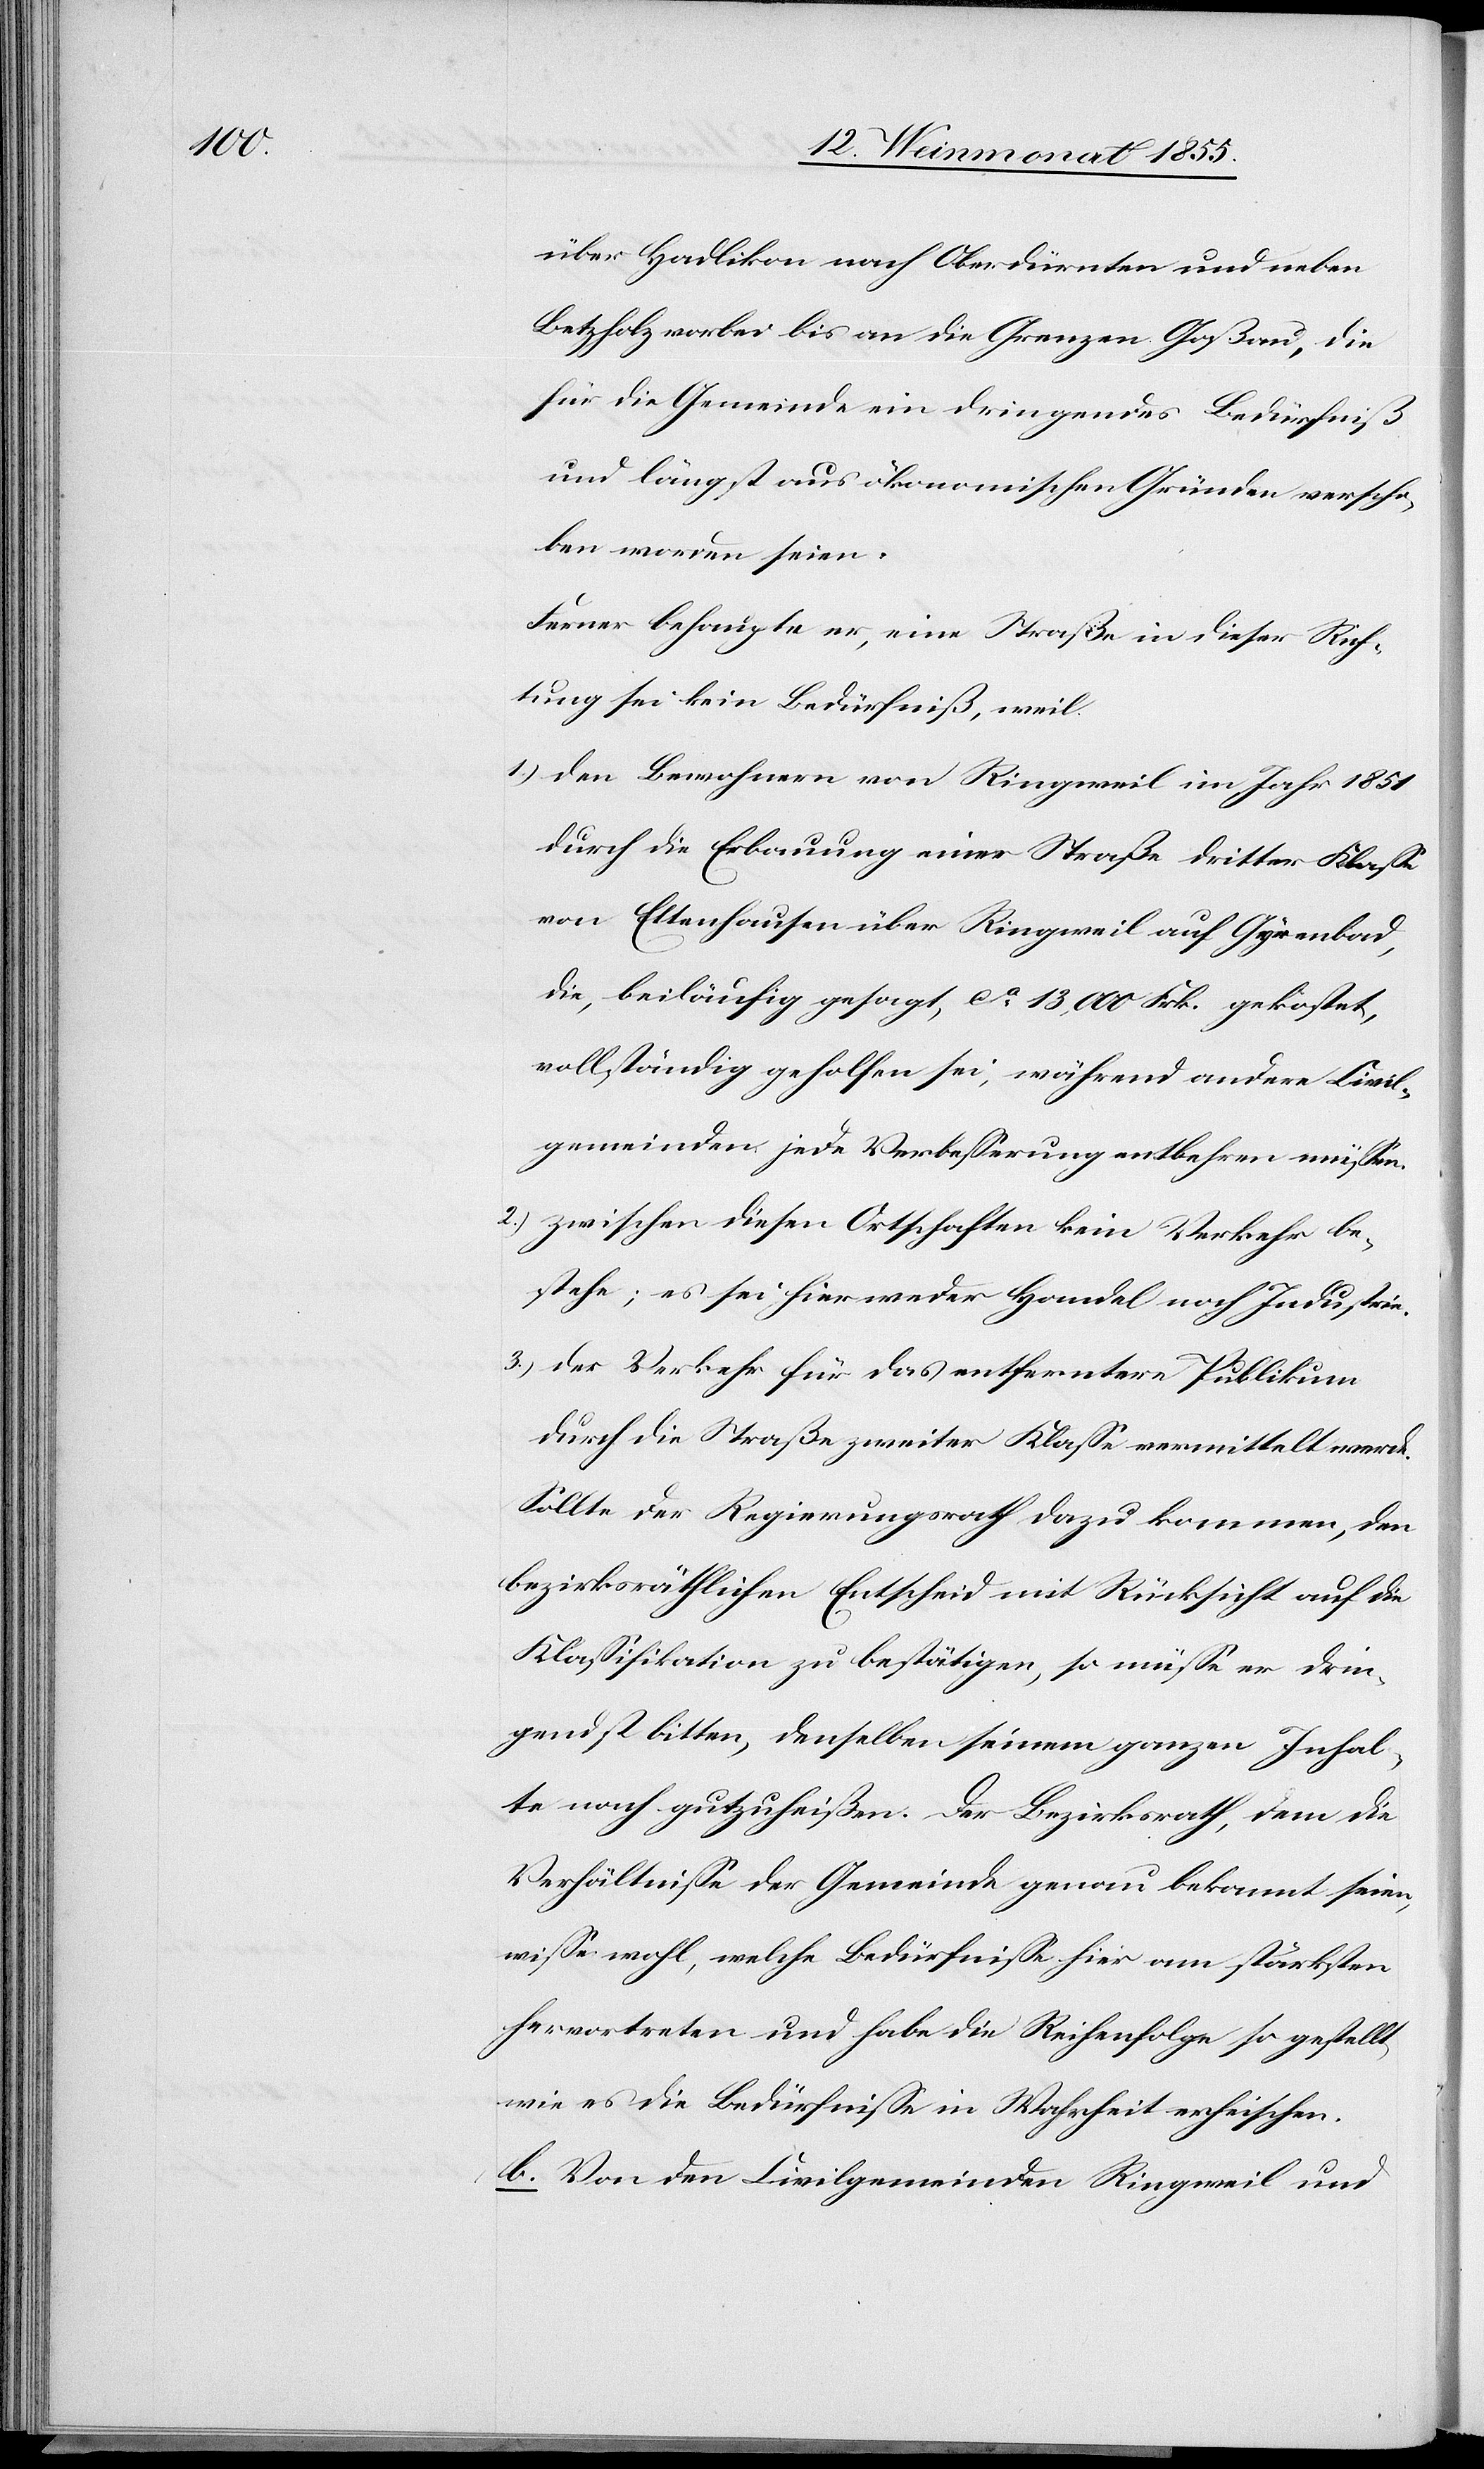
über Hadlikon nach Oberdürnten und neben
Betzholz vorbei bis an die Grenzen Goßau, die
für die Gemeinde ein dringendes Bedürfniß
und längst aus ökonomischen Gründen verscho¬
ben worden seien.
Ferner behaupte er, eine Straße in dieser Rich¬
tung sei kein Bedürfniß, weil
den Bewohnern von Ringweil im Jahr 1851
durch die Erbauung einer Straße dritter Klasse
von Ettenhausen über Ringweil auf Gyrenbad,
die, beiläufig gesagt, ca 13,000 Frk. gekostet,
vollständig geholfen sei, während andere Civil¬
gemeinden jede Verbesserung entbehren müssen.
zwischen diesen Ortschaften kein Verkehr be¬
stehe; es sei hier weder Handel noch Industrie.
der Verkehr für das entferntere Publikum
durch die Straße zweiter Klasse vermittelt werde.
Sollte der Regierungsrath dazu kommen, den
bezirksräthlichen Entscheid mit Rücksicht auf die
Klassifikation zu bestätigen, so müsse er drin¬
gendst bitten, denselben seinem ganzen Inhal¬
te nach gutzuheißen. Der Bezirksrath, dem die
Verhältnisse der Gemeinde genau bekannt seien,
wisse wohl, welche Bedürfnisse hier am stärksten
hervortreten und habe die Reihenfolge so gestellt,
wie es die Bedürfnisse in Wahrheit erheischen.
b. Von den Civilgemeinden Ringweil und